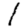
Digit: 1